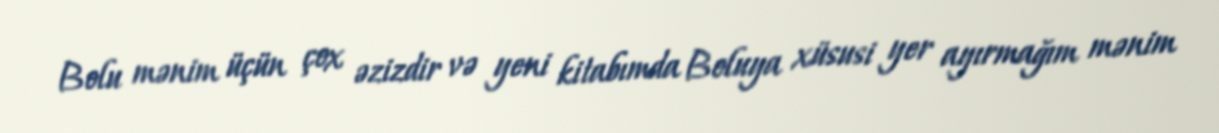
Bolu mənim üçün çox əzizdir və yeni kitabımda Boluya xüsusi yer ayırmağım mənim